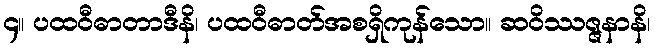
၄။ ပထဝီဓာတာဒီနိ၊ ပထဝီဓာတ်အစရှိကုန်သော။ ဆဝိဿဇ္ဇနာနိ၊